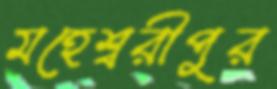
মহেশ্বরীপুর